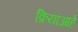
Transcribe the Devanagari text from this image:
क्रियाआहे